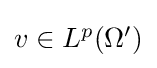
{\textstyle v\in L^{p}(\Omega ')}